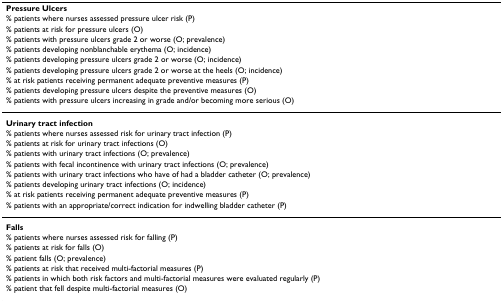
<table><thead><tr><td><b>Pressure Ulcers</b></td></tr><tr><td><b>% patients where nurses assessed pressure ulcer risk (P)</b></td></tr><tr><td><b>% patients at risk for pressure ulcers (O)</b></td></tr><tr><td><b>% patients with pressure ulcers grade 2 or worse (O; prevalence)</b></td></tr><tr><td><b>% patients developing nonblanchable erythema (O; incidence)</b></td></tr><tr><td><b>% patients developing pressure ulcers grade 2 or worse (O; incidence)</b></td></tr><tr><td><b>% patients developing pressure ulcers grade 2 or worse at the heels (O; incidence)</b></td></tr><tr><td><b>% at risk patients receiving permanent adequate preventive measures (P)</b></td></tr><tr><td><b>% patients developing pressure ulcers despite the preventive measures (O)</b></td></tr><tr><td><b>% patients with pressure ulcers increasing in grade and/or becoming more serious (O)</b></td></tr></thead><tbody><tr><td><b>Urinary tract infection</b></td></tr><tr><td>% patients where nurses assessed risk for urinary tract infection (P)</td></tr><tr><td>% patients at risk for urinary tract infections (O)</td></tr><tr><td>% patients with urinary tract infections (O; prevalence)</td></tr><tr><td>% patients with fecal incontinence with urinary tract infections (O; prevalence)</td></tr><tr><td>% patients with urinary tract infections who have of had a bladder catheter (O; prevalence)</td></tr><tr><td>% patients developing urinary tract infections (O; incidence)</td></tr><tr><td>% at risk patients receiving permanent adequate preventive measures (P)</td></tr><tr><td>% patients with an appropriate/correct indication for indwelling bladder catheter (P)</td></tr><tr><td><b>Falls</b></td></tr><tr><td>% patients where nurses assessed risk for falling (P)</td></tr><tr><td>% patients at risk for falls (O)</td></tr><tr><td>% patient falls (O; prevalence)</td></tr><tr><td>% patients at risk that received multi-factorial measures (P)</td></tr><tr><td>% patients in which both risk factors and multi-factorial measures were evaluated regularly (P)</td></tr><tr><td>% patient that fell despite multi-factorial measures (O)</td></tr></tbody></table>